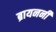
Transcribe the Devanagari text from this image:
ब्रायननीं